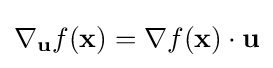
\nabla _{\mathbf {u} }{f}(\mathbf {x} )=\nabla f(\mathbf {x} )\cdot \mathbf {u}